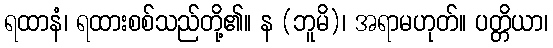
ရထာနံ၊ ရထားစစ်သည်တို့၏။ န (ဘူမိ)၊ အရာမဟုတ်။ ပတ္တိယာ၊